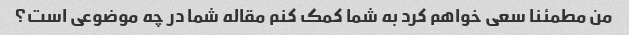
من مطمئنا سعی خواهم کرد به شما کمک کنم مقاله شما در چه موضوعی است؟